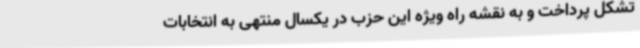
تشکل پرداخت و به نقشه راه ویژه این حزب در یکسال منتهی به انتخابات